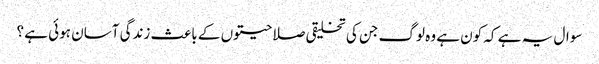
سوال یہ ہے کہ کون ہے وہ لوگ جن کی تخلیقی صلاحیتوں کے باعث زندگی آسان ہوئی ہے ؟